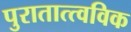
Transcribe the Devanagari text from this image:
पुरातात्त्वविक